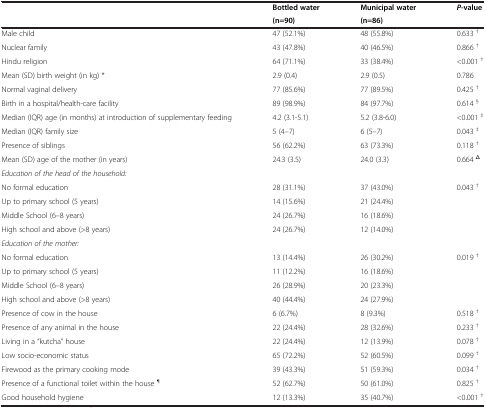
<table><thead><tr><td><b> </b></td><td><b>Bottled water</b></td><td><b>Municipal water</b></td><td><b><i>P</i>-value</b></td></tr><tr><td><b> </b></td><td><b>(n=90)</b></td><td><b>(n=86)</b></td><td><b> </b></td></tr></thead><tbody><tr><td>Male child</td><td>47 (52.1%)</td><td>48 (55.8%)</td><td>0.633 <sup>†</sup></td></tr><tr><td>Nuclear family</td><td>43 (47.8%)</td><td>40 (46.5%)</td><td>0.866 <sup>†</sup></td></tr><tr><td>Hindu religion</td><td>64 (71.1%)</td><td>33 (38.4%)</td><td>&lt;0.001 <sup>†</sup></td></tr><tr><td>Mean (SD) birth weight (in kg) *</td><td>2.9 (0.4)</td><td>2.9 (0.5)</td><td>0.786</td></tr><tr><td>Normal vaginal delivery</td><td>77 (85.6%)</td><td>77 (89.5%)</td><td>0.425 <sup>†</sup></td></tr><tr><td>Birth in a hospital/health-care facility</td><td>89 (98.9%)</td><td>84 (97.7%)</td><td>0.614 <sup>§</sup></td></tr><tr><td>Median (IQR) age (in months) at introduction of supplementary feeding</td><td>4.2 (3.1-5.1)</td><td>5.2 (3.8-6.0)</td><td>&lt;0.001 <sup>‡</sup></td></tr><tr><td>Median (IQR) family size</td><td>5 (4–7)</td><td>6 (5–7)</td><td>0.043 <sup>‡</sup></td></tr><tr><td>Presence of siblings</td><td>56 (62.2%)</td><td>63 (73.3%)</td><td>0.118 <sup>†</sup></td></tr><tr><td>Mean (SD) age of the mother (in years)</td><td>24.3 (3.5)</td><td>24.0 (3.3)</td><td>0.664 <sup>Δ</sup></td></tr><tr><td colspan="4"><i>Education of the head of the household:</i></td></tr><tr><td>No formal education</td><td>28 (31.1%)</td><td>37 (43.0%)</td><td>0.043 <sup>†</sup></td></tr><tr><td>Up to primary school (5 years)</td><td>14 (15.6%)</td><td>21 (24.4%)</td><td> </td></tr><tr><td>Middle School (6–8 years)</td><td>24 (26.7%)</td><td>16 (18.6%)</td><td> </td></tr><tr><td>High school and above (&gt;8 years)</td><td>24 (26.7%)</td><td>12 (14.0%)</td><td> </td></tr><tr><td colspan="4"><i>Education of the mother:</i></td></tr><tr><td>No formal education</td><td>13 (14.4%)</td><td>26 (30.2%)</td><td>0.019 <sup>†</sup></td></tr><tr><td>Up to primary school (5 years)</td><td>11 (12.2%)</td><td>16 (18.6%)</td><td> </td></tr><tr><td>Middle School (6–8 years)</td><td>26 (28.9%)</td><td>20 (23.3%)</td><td> </td></tr><tr><td>High school and above (&gt;8 years)</td><td>40 (44.4%)</td><td>24 (27.9%)</td><td> </td></tr><tr><td>Presence of cow in the house</td><td>6 (6.7%)</td><td>8 (9.3%)</td><td>0.518 <sup>†</sup></td></tr><tr><td>Presence of any animal in the house</td><td>22 (24.4%)</td><td>28 (32.6%)</td><td>0.233 <sup>†</sup></td></tr><tr><td>Living in a “kutcha” house</td><td>22 (24.4%)</td><td>12 (13.9%)</td><td>0.078 <sup>†</sup></td></tr><tr><td>Low socio-economic status</td><td>65 (72.2%)</td><td>52 (60.5%)</td><td>0.099 <sup>†</sup></td></tr><tr><td>Firewood as the primary cooking mode</td><td>39 (43.3%)</td><td>51 (59.3%)</td><td>0.034 <sup>†</sup></td></tr><tr><td>Presence of a functional toilet within the house <sup>¶</sup></td><td>52 (62.7%)</td><td>50 (61.0%)</td><td>0.825 <sup>†</sup></td></tr><tr><td>Good household hygiene</td><td>12 (13.3%)</td><td>35 (40.7%)</td><td>&lt;0.001 <sup>†</sup></td></tr></tbody></table>